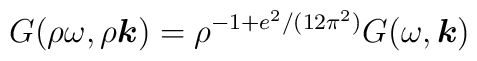
G( \rho \omega, \rho \mbox{\boldmath $k$} ) =  \rho^{-1 + e^{2}/(12 \pi^{2})}G( \omega, \mbox{\boldmath $k$} )